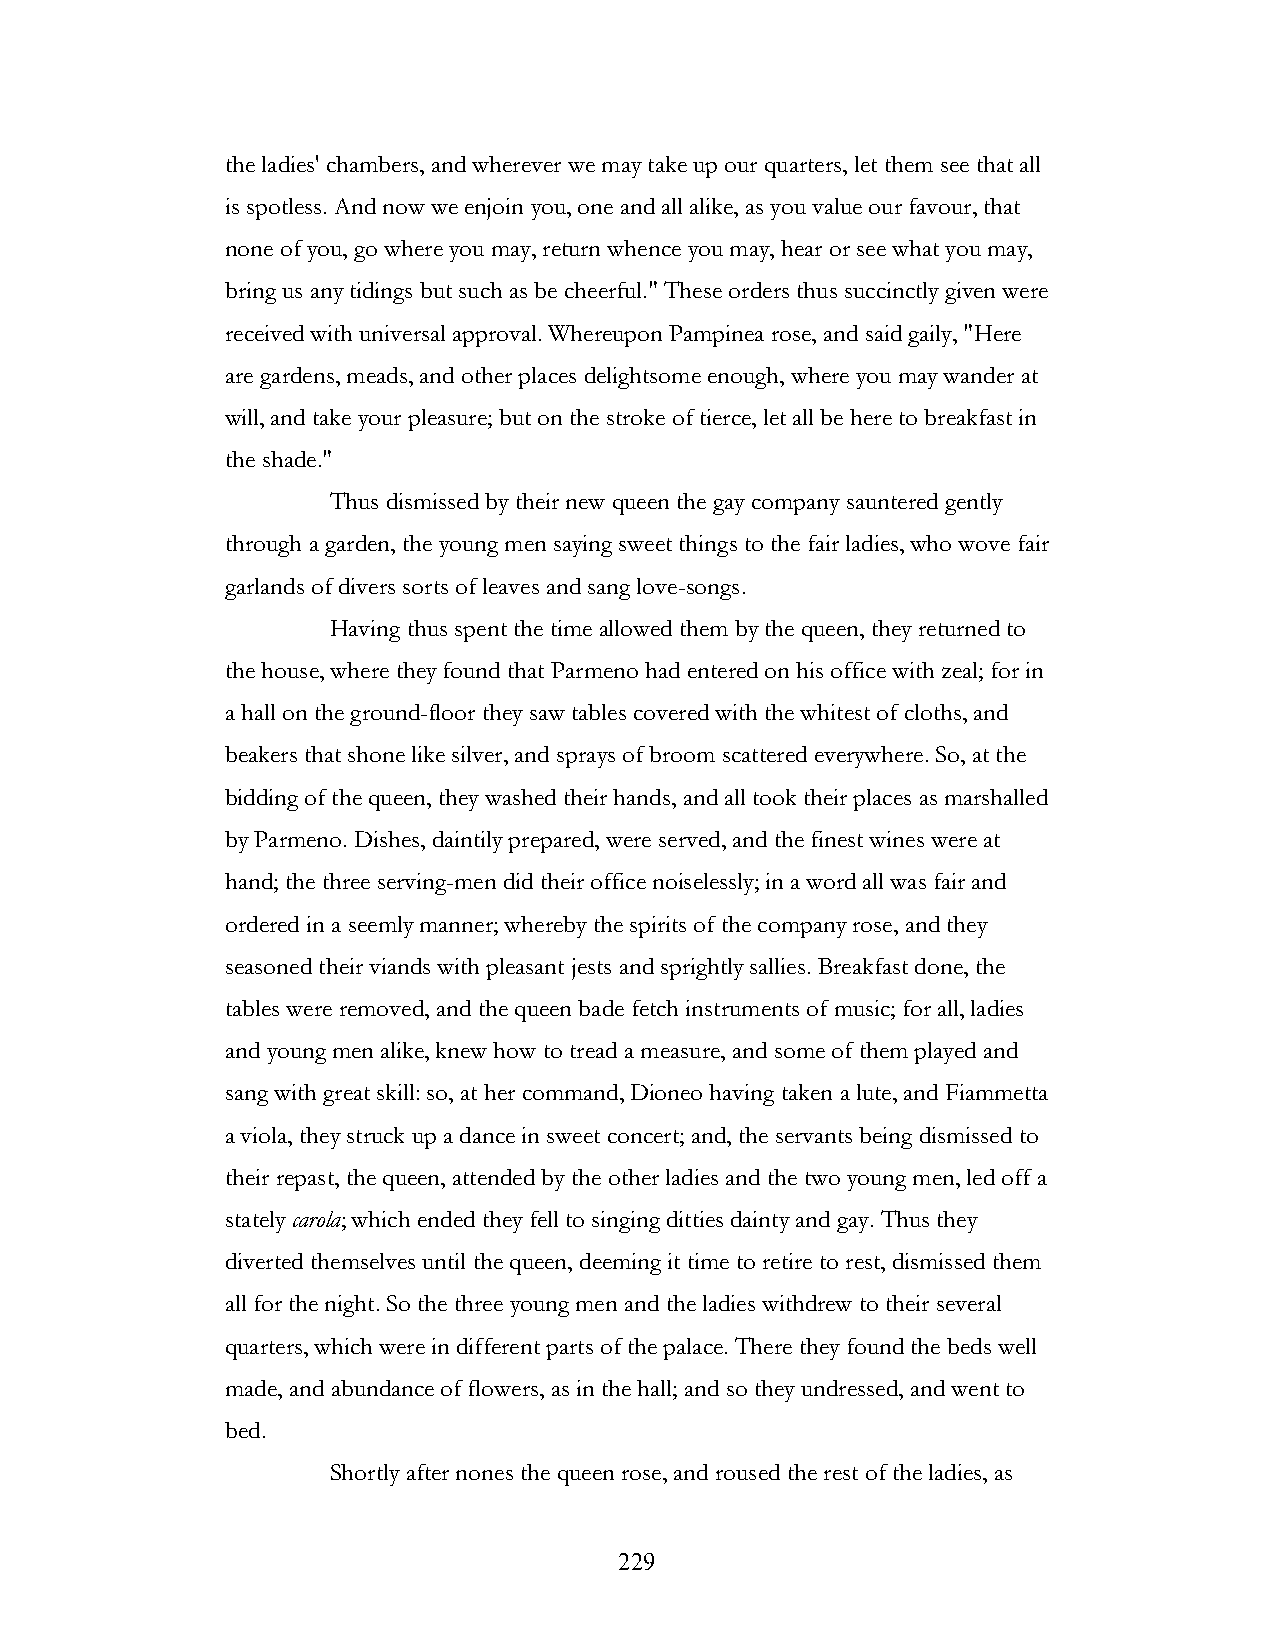
the ladies' chambers, and wherever we may take up our quarters, let them see that all
 is spotless. And now we enjoin you, one and all alike, as you value our favour, that
 none of you, go where you may, return whence you may, hear or see what you may,
 bring us any tidings but such as be cheerful." These orders thus succinctly given were
 received with universal approval. Whereupon Pampinea rose, and said gaily, "Here
 are gardens, meads, and other places delightsome enough, where you may wander at
 will, and take your pleasure; but on the stroke of tierce, let all be here to breakfast in
 the shade."
 Thus dismissed by their new queen the gay company sauntered gently
 through a garden, the young men saying sweet things to the fair ladies, who wove fair
 garlands of divers sorts of leaves and sang love-songs.
 Having thus spent the time allowed them by the queen, they returned to
 the house, where they found that Parmeno had entered on his office with zeal; for in
 a hall on the ground-floor they saw tables covered with the whitest of cloths, and
 beakers that shone like silver, and sprays of broom scattered everywhere. So, at the
 bidding of the queen, they washed their hands, and all took their places as marshalled
 by Parmeno. Dishes, daintily prepared, were served, and the finest wines were at
 hand; the three serving-men did their office noiselessly; in a word all was fair and
 ordered in a seemly manner; whereby the spirits of the company rose, and they
 seasoned their viands with pleasant jests and sprightly sallies. Breakfast done, the
 tables were removed, and the queen bade fetch instruments of music; for all, ladies
 and young men alike, knew how to tread a measure, and some of them played and
 sang with great skill: so, at her command, Dioneo having taken a lute, and Fiammetta
 a viola, they struck up a dance in sweet concert; and, the servants being dismissed to
 their repast, the queen, attended by the other ladies and the two young men, led off a
 stately carola; which ended they fell to singing ditties dainty and gay. Thus they
 diverted themselves until the queen, deeming it time to retire to rest, dismissed them
 all for the night. So the three young men and the ladies withdrew to their several
 quarters, which were in different parts of the palace. There they found the beds well
 made, and abundance of flowers, as in the hall; and so they undressed, and went to
 bed.
 Shortly after nones the queen rose, and roused the rest of the ladies, as
 !                         229